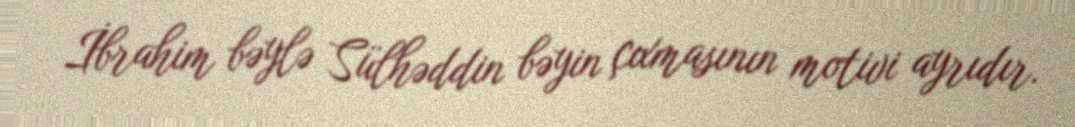
İbrahim bəylə Sülhəddin bəyin çıxmasının motivi ayrıdır.